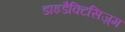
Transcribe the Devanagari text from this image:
डाइडैक्टिसिज़्म